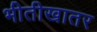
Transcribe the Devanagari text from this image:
भीतीखातर